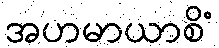
အဟမာယာစိံ